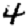
Digit: 4